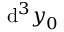
\mathrm { d } ^ { 3 } \boldsymbol { y } _ { 0 }